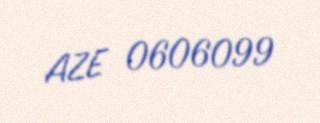
AZE 0606099